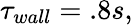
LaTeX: \tau_{wall}=.8s,